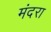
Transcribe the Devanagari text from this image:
मंदरा